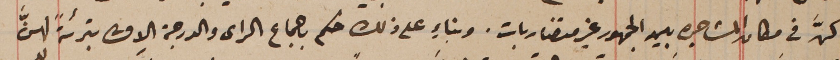
كنَّ في مكان المشاجره بين الجمهور غير متضاربات. وبناءٍ على ذلك حكم باجماع الراى والدرجة الاولى بترئةً لهنَّ